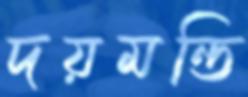
দয়মন্তি